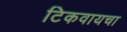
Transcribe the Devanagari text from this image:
टिकवायचा